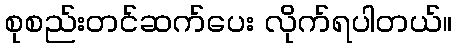
စုစည်းတင်ဆက်ပေး လိုက်ရပါတယ်။